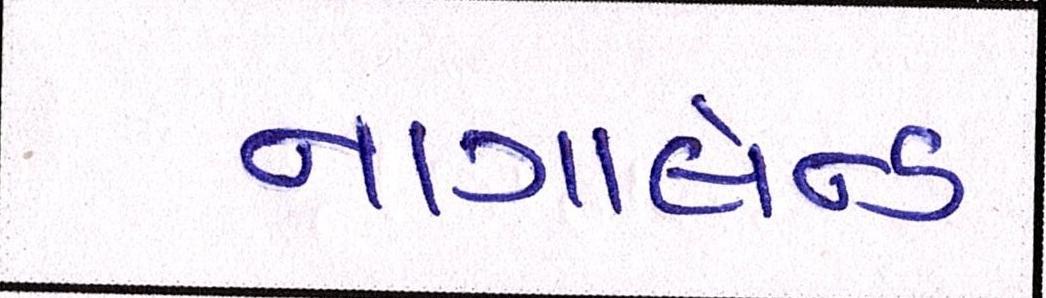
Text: નાગાલેન્ડ